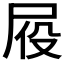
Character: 𪨍